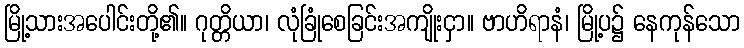
မြို့သားအပေါင်းတို့၏။ ဂုတ္တိယာ၊ လုံခြုံစေခြင်းအကျိုးငှာ။ ဗာဟိရာနံ၊ မြို့ပ၌ နေကုန်သော